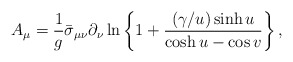
\begin{align*} A_{\mu} = \frac{1}{g}\bar{\sigma}_{\mu\nu}\partial_{\nu} \ln\left\{1+ \frac{(\gamma/u) \sinh u}{\cosh u-\cos v}\right\} ,\end{align*}